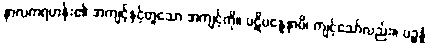
နာလကရဟန်း၏ အကျင့်နှင့်တူသော အကျင့်ကို။ ပဋိပန္နေနာပိ၊ ကျင့်သော်လည်း။ ပဉ္စန္နံ